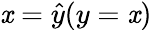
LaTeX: \mathit{x}={\hat{{y}}}(y=\mathit{x})